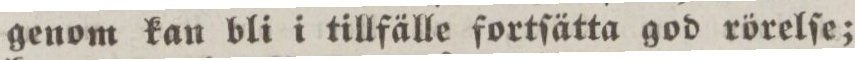
genom kan bli i tillfälle fortſätta god rörelſe;